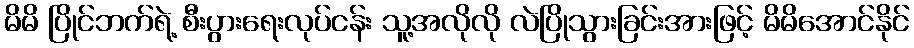
မိမိ ပြိုင်ဘက်ရဲ့ စီးပွားရေးလုပ်ငန်း သူ့အလိုလို လဲပြိုသွားခြင်းအားဖြင့် မိမိအောင်နိုင်